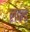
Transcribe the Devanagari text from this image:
लकड़